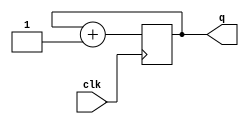
module count4 (
   input clk,
   output reg [3:0] q
   );
   
   always @(posedge clk)
      q <= q + 1;
      
endmodule